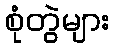
စုံတွဲများ